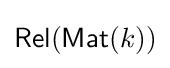
{\mathsf {Rel}}({\mathsf {Mat}}(k))